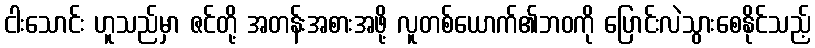
ငါးသောင်း ဟူသည်မှာ ဇင်တို့ အတန်းအစားအဖို့ လူတစ်ယောက်၏ဘဝကို ပြောင်းလဲသွားစေနိုင်သည့်